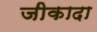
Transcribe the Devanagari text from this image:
जीकादा